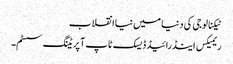
ٹیکنالوجی کی دنیا میں نیا انقلاب
ریمیکس اینڈرائیڈ ڈیسک ٹاپ آپریٹنگ سسٹم۔